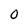
Character: 0